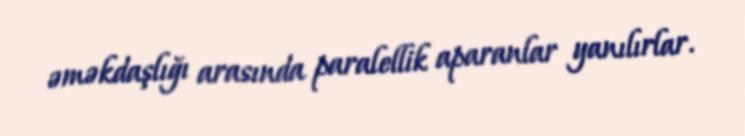
əməkdaşlığı arasında paralellik aparanlar yanılırlar.